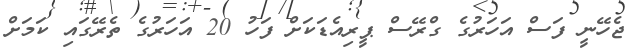
ޖެހޭނީ ފަސް އަހަރުގެ ގްރޭސް ޕީރިއެޑަކަށް ފަހު 20 އަހަރުގެ ތެރޭގައި ކަމަށް